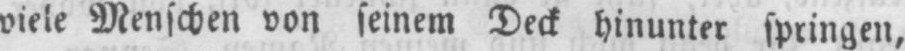
viele Menschen von seinem Deck hinunter springen,